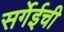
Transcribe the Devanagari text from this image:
सर्गेईची